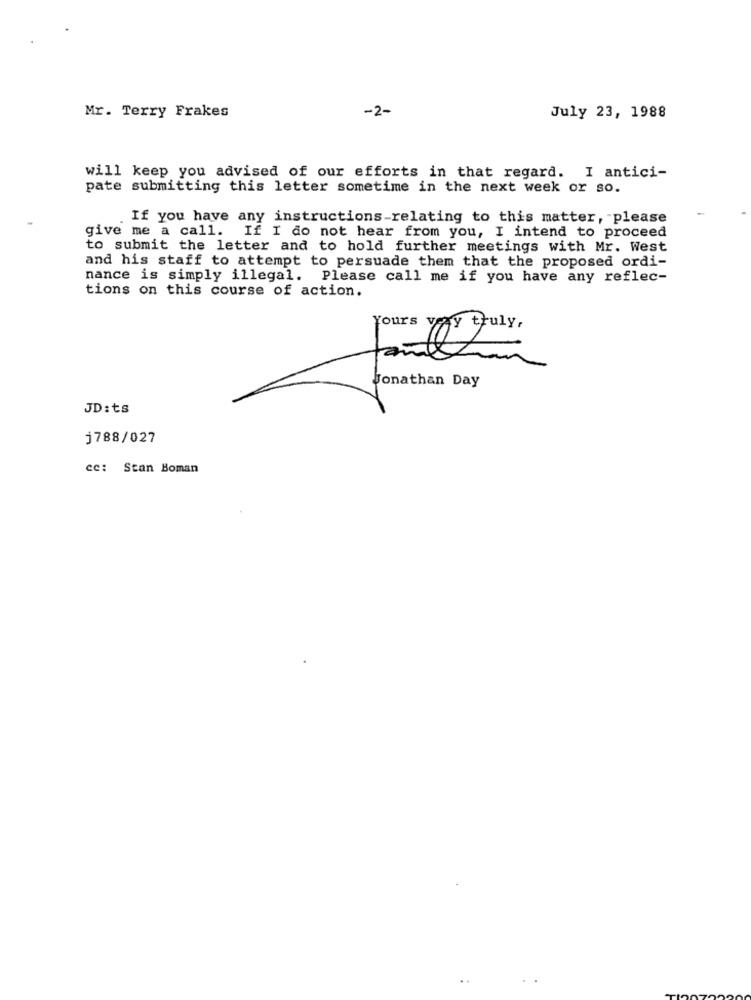
Mr. Terry Frakes
-2-
July 23, 1988
will keep you advised of our efforts in that regard. I antici-
pate submitting this letter sometime in the next week or so.
If you have any instructions-relating to this matter, - please
give me a call. If I do not hear from you, I intend to proceed
to submit the letter and to hold further meetings with Mr. West
and his staff to attempt to persuade them that the proposed ordi-
nance is simply illegal. Please call me if you have any reflec-
tions on this course of action.
Yours voy July,
Jonathan Day
JD:ts
j788/027
cc: Stan Boman